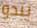
يبدو